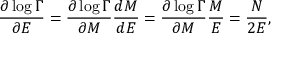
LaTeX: \frac { \partial \log { \Gamma } } { \partial E } = \frac { \partial \log { \Gamma } } { \partial M } \frac { d M } { d E } = \frac { \partial \log { \Gamma } } { \partial M } \frac { M } { E } = \frac { N } { 2 E } ,